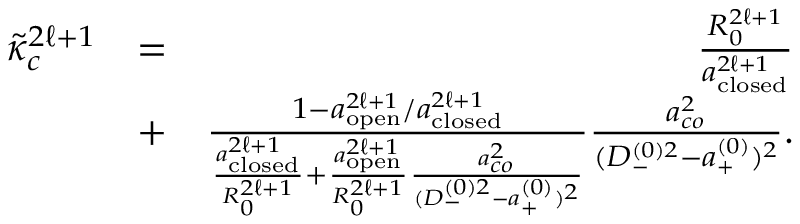
\begin{array} { r l r } { \tilde { \kappa } _ { c } ^ { 2 \ell + 1 } } & { = } & { \frac { R _ { 0 } ^ { 2 \ell + 1 } } { a _ { \mathrm { c l o s e d } } ^ { 2 \ell + 1 } } } \\ & { + } & { \frac { 1 - a _ { \mathrm { o p e n } } ^ { 2 \ell + 1 } / a _ { \mathrm { c l o s e d } } ^ { 2 \ell + 1 } } { \frac { a _ { \mathrm { c l o s e d } } ^ { 2 \ell + 1 } } { R _ { 0 } ^ { 2 \ell + 1 } } + \frac { a _ { \mathrm { o p e n } } ^ { 2 \ell + 1 } } { R _ { 0 } ^ { 2 \ell + 1 } } \frac { a _ { c o } ^ { 2 } } { ( D _ { - } ^ { ( 0 ) 2 } - a _ { + } ^ { ( 0 ) } ) ^ { 2 } } } \frac { a _ { c o } ^ { 2 } } { ( D _ { - } ^ { ( 0 ) 2 } - a _ { + } ^ { ( 0 ) } ) ^ { 2 } } . } \end{array}